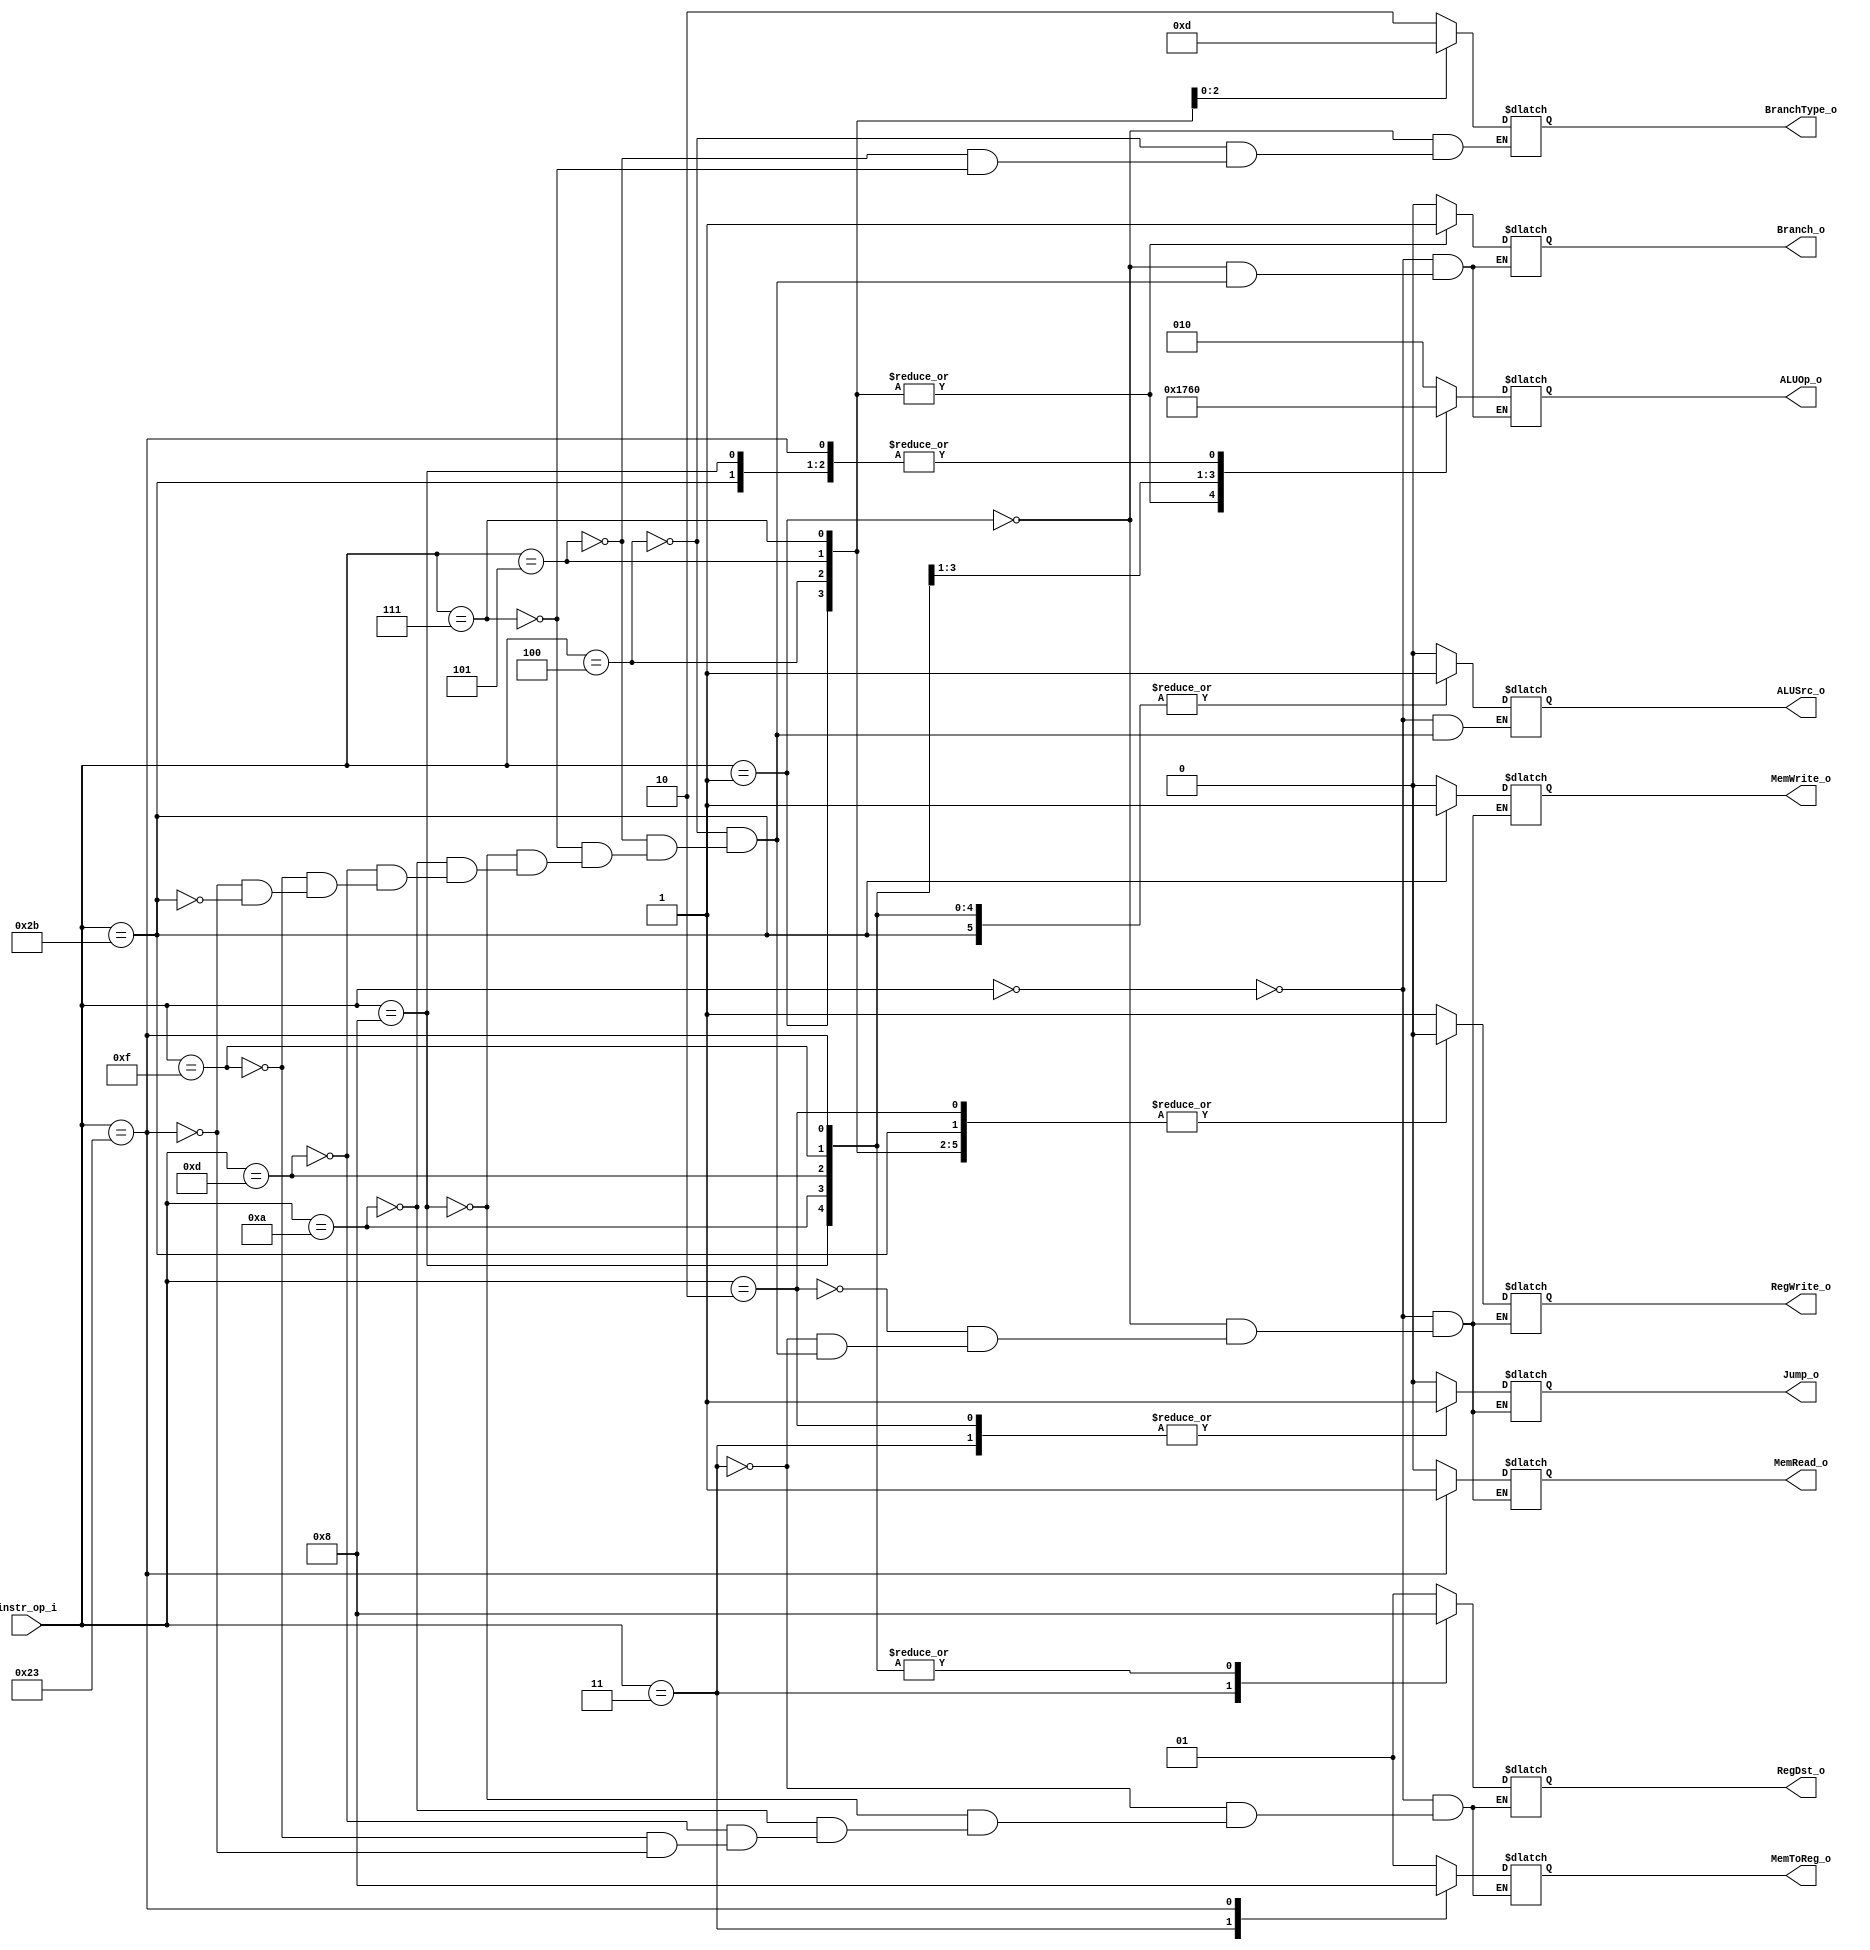
//Subject:		CO project 5 - Decoder
//--------------------------------------------------------------------------------
//Version:		3
//--------------------------------------------------------------------------------
//Writer:		0210022 , 0210029 
//----------------------------------------------
//Date:
//----------------------------------------------
//Description:
//--------------------------------------------------------------------------------

module Decoder(
	instr_op_i,
	Branch_o,
	MemToReg_o,
	BranchType_o,
	Jump_o,
	MemRead_o,
	MemWrite_o,
	ALUOp_o,
	ALUSrc_o,
	RegWrite_o,
	RegDst_o
);

// IO ports
input	[6-1:0]	instr_op_i;

output			Branch_o;
output	[1:0]	MemToReg_o;
output	[1:0]	BranchType_o;
output			Jump_o;
output 			MemRead_o;
output			MemWrite_o;
output	[3-1:0]	ALUOp_o;
output			ALUSrc_o;
output			RegWrite_o;
output	[1:0]	RegDst_o;

reg				Branch_o;
reg		[1:0]	MemToReg_o;
reg		[1:0]	BranchType_o;
reg				Jump_o;
reg 			MemRead_o;
reg				MemWrite_o;
reg		[3-1:0]	ALUOp_o;
reg				ALUSrc_o;
reg				RegWrite_o;
reg		[1:0]	RegDst_o;

// Parameters
parameter		Instr_op_R_Type = 6'b000000;
parameter		Instr_op_BGEZ	= 6'b000001;
parameter 		Instr_op_JUMP	= 6'b000010;
parameter		Instr_op_JAL	= 6'b000011;
parameter		Instr_op_BEQ	= 6'b000100;
parameter		Instr_op_BNE	= 6'b000101;
parameter		Instr_op_BGT	= 6'b000111;
parameter		Instr_op_ADDI	= 6'b001000;
parameter		Instr_op_SLTI	= 6'b001010;
parameter		Instr_op_ORI	= 6'b001101;
parameter		Instr_op_LUI	= 6'b001111;
parameter		Instr_op_LW		= 6'b100011;
parameter		Instr_op_SW		= 6'b101011;

always@ (instr_op_i) begin
	case (instr_op_i)
		Instr_op_R_Type: begin
			Branch_o=0;
			MemToReg_o=1;
			//BranchType_o: don't care
			Jump_o=0;
			MemRead_o=0;
			MemWrite_o=0;
			ALUOp_o=3'b010;
			ALUSrc_o=0;
			RegWrite_o=1;
			RegDst_o=1;
		end
		Instr_op_BGEZ: begin
			Branch_o=1;
			//MemToReg_o: don't care
			BranchType_o=2;
			Jump_o=0;
			MemRead_o=0;
			MemWrite_o=0;
			ALUOp_o=3'b001;
			//ALUSrc_o: don't care
			RegWrite_o=0;
			//RegDst_o: don't care
		end
		Instr_op_JUMP: begin
			//Branch_o: don't care
			//MemToReg_o: don't care
			//BranchType_o: don't care
			Jump_o=1;
			MemRead_o=0;
			MemWrite_o=0;
			//ALUOp_o: don't care
			//ALUSrc_o: don't care
			RegWrite_o=0;
			//RegDst_o: don't care
		end
		Instr_op_JAL: begin
			//Branch_o: don't care
			MemToReg_o=2;
			//BranchType_o: don't care
			Jump_o=1;
			MemRead_o=0;
			MemWrite_o=0;
			//ALUOp_o: don't care
			//ALUSrc_o: don't care
			RegWrite_o=1;
			RegDst_o=2;
		end
		Instr_op_BEQ: begin
			Branch_o=1;
			//MemToReg_o: don't care
			BranchType_o=0;
			Jump_o=0;
			MemRead_o=0;
			MemWrite_o=0;
			ALUOp_o=3'b001;
			ALUSrc_o=0;
			RegWrite_o=0;
			//RegDst_o: don't care
		end
		Instr_op_BNE: begin
			Branch_o=1;
			//MemToReg_o: don't care
			BranchType_o=3;
			Jump_o=0;
			MemRead_o=0;
			MemWrite_o=0;
			ALUOp_o=3'b001;
			ALUSrc_o=0;
			RegWrite_o=0;
			//RegDst_o: don't care
		end
		Instr_op_BGT: begin
			Branch_o=1;
			//MemToReg_o: don't care
			BranchType_o=1;
			Jump_o=0;
			MemRead_o=0;
			MemWrite_o=0;
			ALUOp_o=3'b001;
			ALUSrc_o=0;
			RegWrite_o=0;
			//RegDst_o: don't care
		end
		Instr_op_ADDI: begin
			Branch_o=0;
			MemToReg_o=1;
			//BranchType_o: don't care
			Jump_o=0;
			MemRead_o=0;
			MemWrite_o=0;
			ALUOp_o=3'b000;
			ALUSrc_o=1;
			RegWrite_o=1;
			RegDst_o=0;
		end
		Instr_op_SLTI: begin
			Branch_o=0;
			MemToReg_o=1;
			//BranchType_o: don't care
			Jump_o=0;
			MemRead_o=0;
			MemWrite_o=0;
			ALUOp_o=3'b011;
			ALUSrc_o=1;
			RegWrite_o=1;
			RegDst_o=0;
		end
		Instr_op_ORI: begin
			Branch_o=0;
			MemToReg_o=1;
			//BranchType_o: don't care
			Jump_o=0;
			MemRead_o=0;
			MemWrite_o=0;
			ALUOp_o=3'b101;
			ALUSrc_o=1;
			RegWrite_o=1;
			RegDst_o=0;
		end
		Instr_op_LUI: begin
			Branch_o=0;
			MemToReg_o=1;
			//BranchType_o: don't care
			Jump_o=0;
			MemRead_o=0;
			MemWrite_o=0;
			ALUOp_o=3'b100;
			ALUSrc_o=1;
			RegWrite_o=1;
			RegDst_o=0;
		end
		Instr_op_LW: begin
			Branch_o=0;
			MemToReg_o=0;
			//BranchType_o: don't care
			Jump_o=0;
			MemRead_o=1;
			MemWrite_o=0;
			ALUOp_o=3'b000;
			ALUSrc_o=1;
			RegWrite_o=1;
			RegDst_o=0;
		end
		Instr_op_SW: begin
			Branch_o=0;
			//MemToReg_o: don't care
			//BranchType_o: don't care
			Jump_o=0;
			MemRead_o=0;
			MemWrite_o=1;
			ALUOp_o=3'b000;
			ALUSrc_o=1;
			RegWrite_o=0;
			//RegDst_o: don't care
		end
		default: begin

		end
	endcase
end
endmodule